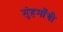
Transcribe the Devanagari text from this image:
मुंहमाँगी